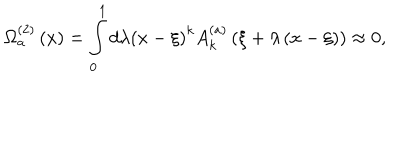
\Omega _ { a } ^ { \left( 2 \right) } \left( x \right) = \int _ { 0 } ^ { 1 } { d \lambda } \left( { x - \xi } \right) ^ { k } A _ { k } ^ { \left( a \right) } \left( { \xi + \lambda \left( { x - \xi } \right) } \right) \approx 0 ,